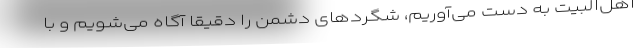
اهل‌البیت به دست می‌آوریم، شگردهای دشمن را دقیقاً آگاه می‌شویم و با